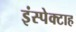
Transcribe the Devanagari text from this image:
इंस्पेक्टाह